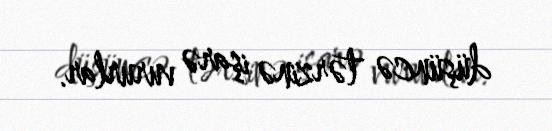
düşüncə tərzinə işarə vururlar.